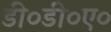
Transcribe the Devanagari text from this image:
डी०डी०ए०